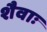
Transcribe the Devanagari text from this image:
शैवाः